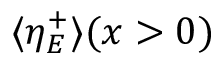
\langle \eta _ { E } ^ { + } \rangle ( x > 0 )